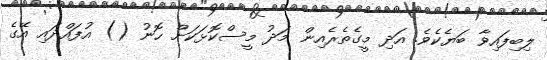
ލިބިފައިވާ ބަޔެކެވެ. އަދި މީގެތެރެއިން މަދު މީސްކޮޅަކަށް ހޮނު () އުފައްދައި އޭގެ